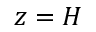
z = H